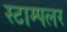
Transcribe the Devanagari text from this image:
स्टाम्पलर